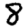
Digit: 8